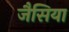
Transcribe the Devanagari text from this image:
जैसिया